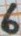
Text: 6